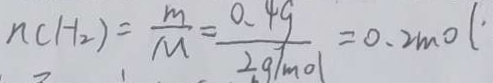
n ( H _ { 2 } ) = \frac { m } { M } = \frac { 0 . 4 g } { 2 g / m o l } = 0 . 2 m o l ^ { \prime }